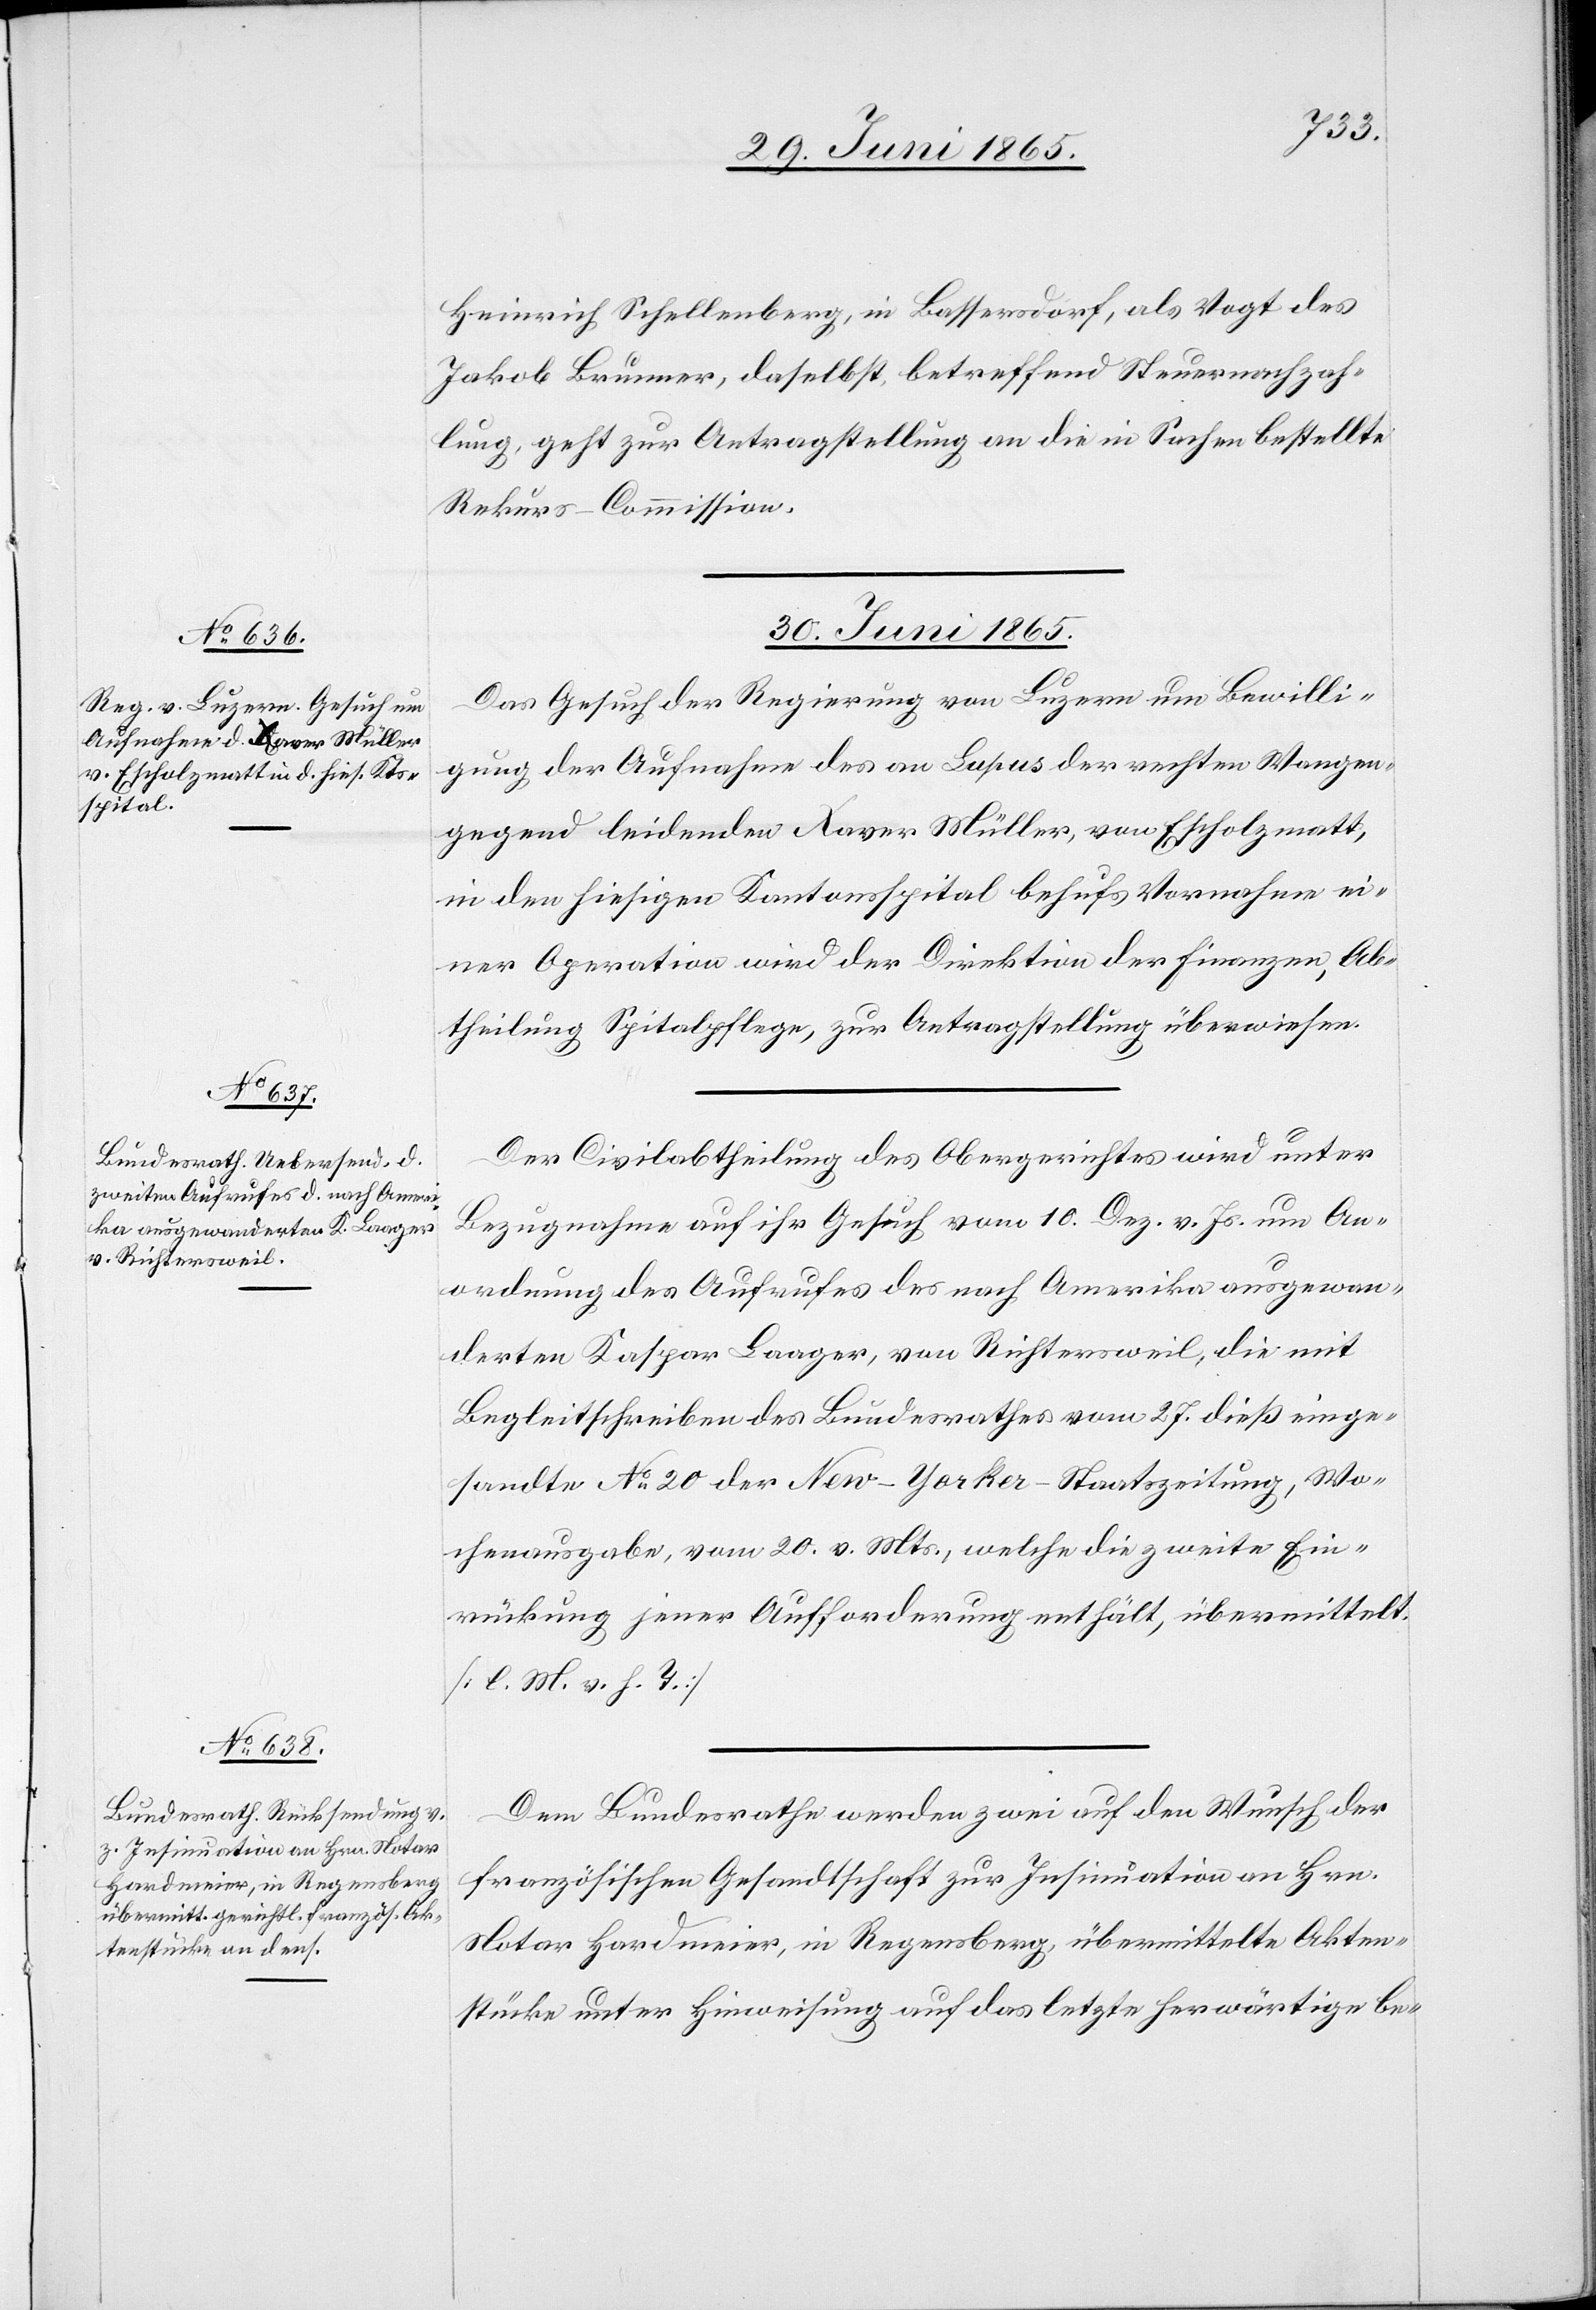
Heinrich Schellenberg, in Bassersdorf, als Vogt des
Jakob Brunner, daselbst, betreffend Steuernachzah¬
lung, geht zur Antragstellung an die in Sachen bestellte
Rekurs-Commission.
30. Juni 1865.]
Das Gesuch der Regierung von Luzern um Bewilli¬
gung der Aufnahme des an Lupus der rechten Wangen¬
gegend leidenden Xaver Müller, von Escholzmatt,
in den hiesigen Kantonsspital behufs Vornahme ei¬
ner Operation wird der Direktion der Finanzen, Ab¬
theilung Spitalpflege, zur Antragstellung überwiesen.
Der Civilabtheilung des Obergerichtes wird unter
Bezugnahme auf ihr Gesuch vom 10. Dez. v. Js. um An¬
ordnung des Aufrufes des nach Amerika ausgewan¬
derten Kaspar Laager, von Richtersweil, die mit
Begleitschreiben des Bundesrathes vom 27. dieß einge¬
sandte No 20 der New-Yorker-Staatszeitung, Wo¬
chenausgabe, vom 20. v. Mts., welche die zweite Ein¬
rückung jener Aufforderung enthält, übermittelt.
[l. M. v. h. T.]
Dem Bundesrathe werden zwei auf den Wunsch der
französischen Gesandtschaft zur Insinuation an Hrn.
Notar Hardmeier, in Regensberg, übermittelte Akten¬
stücke unter Hinweisung auf das letzte herwärtige be-